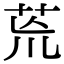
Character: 𮎰